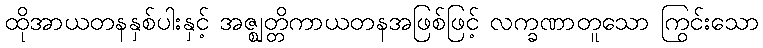
ထိုအာယတနနှစ်ပါးနှင့် အဇ္ဈတ္တိကာယတနအဖြစ်ဖြင့် လက္ခဏာတူသော ကြွင်းသော